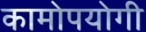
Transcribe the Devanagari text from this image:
कामोपयोगी